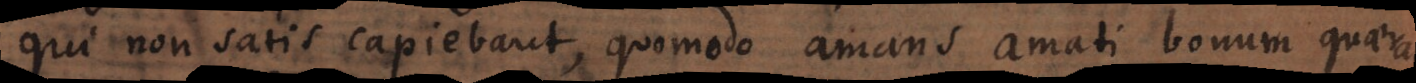
qui non satis capiebant, quomodo amans amati bonum quaerat